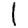
Digit: 1